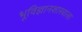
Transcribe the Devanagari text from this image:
भूविज्ञानशास्त्राला